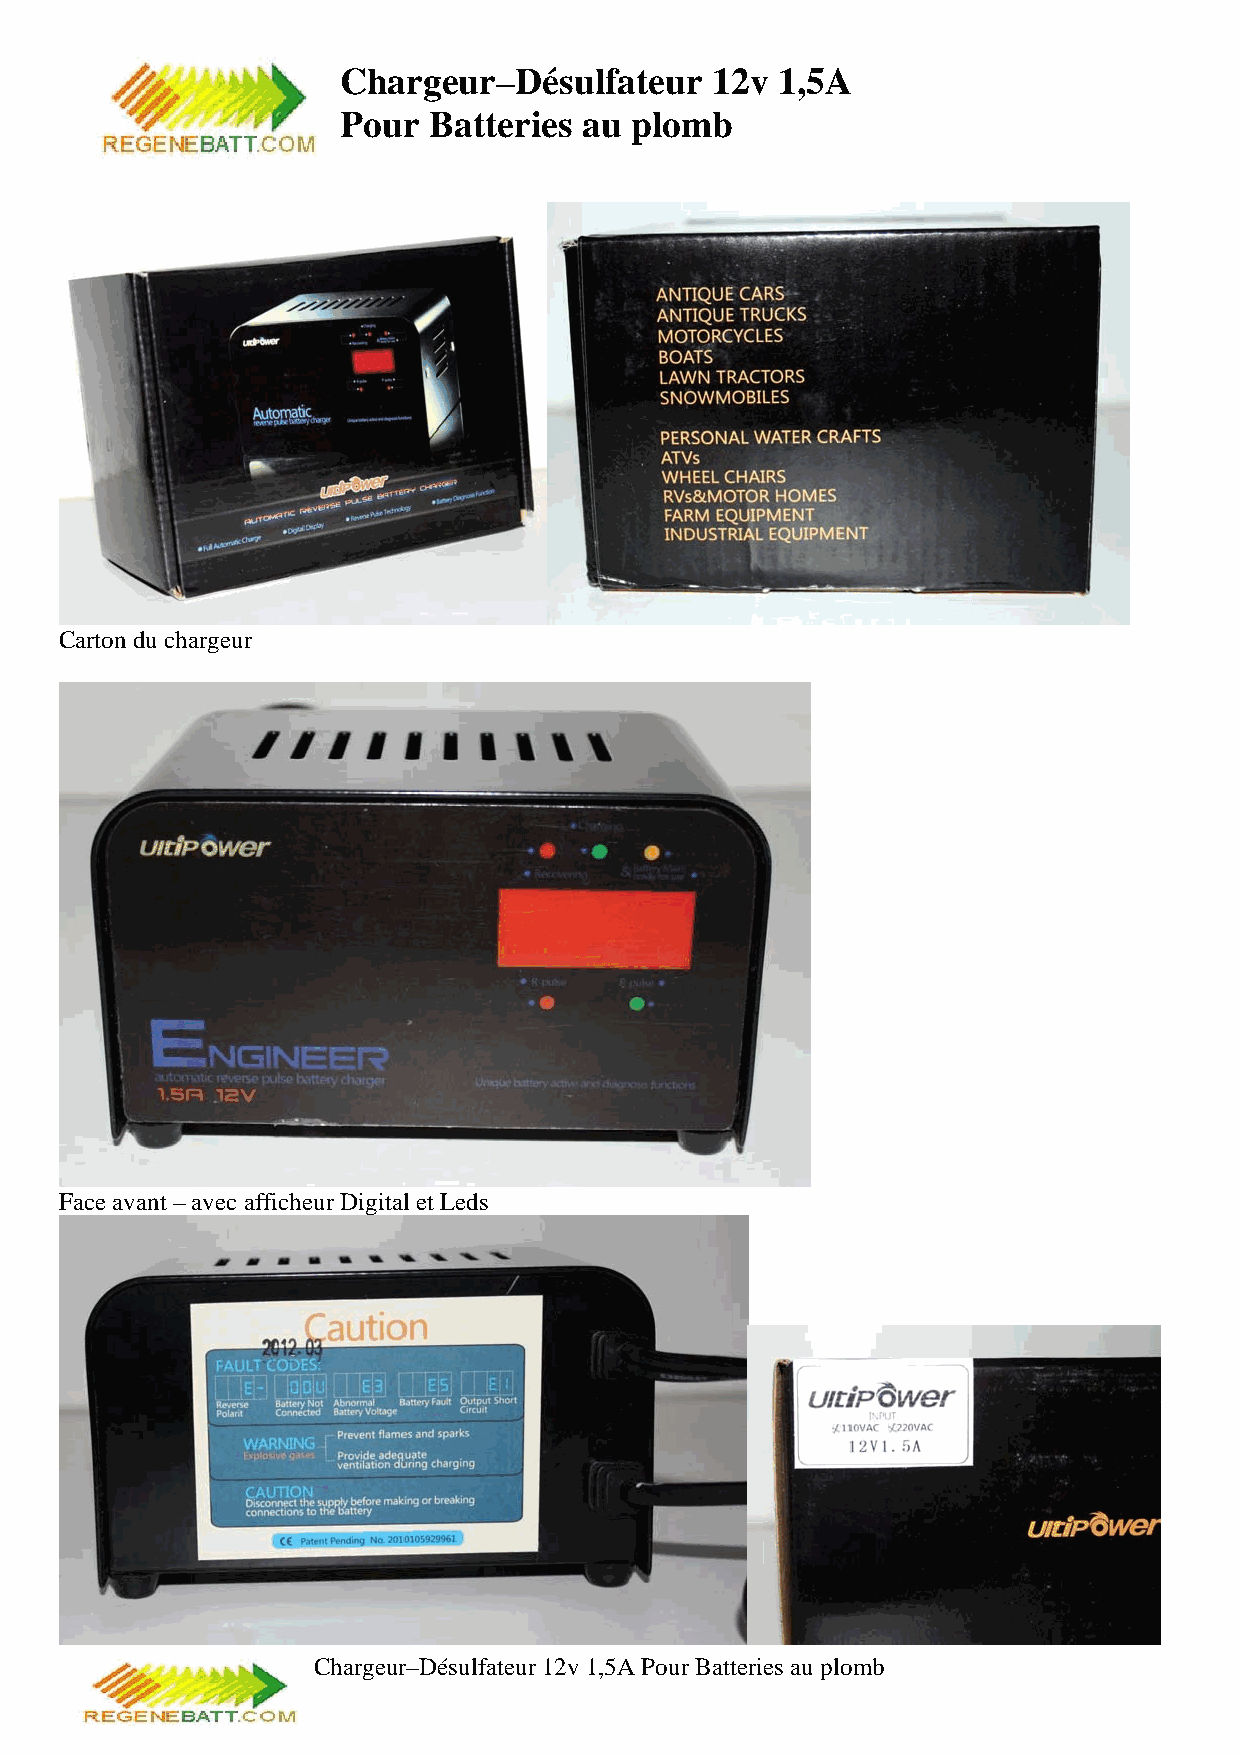
Chargeur–Désulfateur    12v  1,5A
 Pour Batteries  au plomb
 Carton du chargeur
 Face avant – avec afficheur Digital et Leds
 Chargeur–Désulfateur 12v 1,5A Pour Batteries au plomb